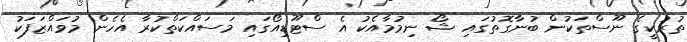
ތުރުކީގެ ނޫސްތަކުން ބުނާގޮތުގައި ޝޯ ނިމުމާއެކު އެ ސްޓޫޑިއޯގައި މަސައްކަތްކުރާ އެހެން މުވައްޒަފަކު